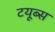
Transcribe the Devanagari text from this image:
टयूब्स